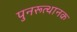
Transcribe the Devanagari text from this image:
पुनरूत्थानक